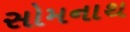
સોમનાથ